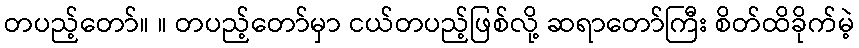
တပည့်တော်။ ။ တပည့်တော်မှာ ငယ်တပည့်ဖြစ်လို့ ဆရာတော်ကြီး စိတ်ထိခိုက်မဲ့